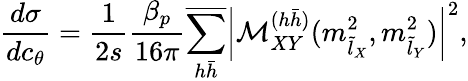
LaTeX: \frac{d\sigma}{dc_{\theta}}=\frac 1{2s}\frac{\beta_{p}}{16\pi}\overline{{{\sum_{h\bar{h}}}}}\left|{\cal M}_{XY}^{(h\bar{h})}(m_{\tilde{l}_{X}}^{2},m_{\tilde{l}_{Y}}^{2})\right|^{2},